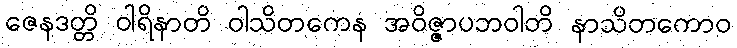
ဇေနဒတ္တိ ဝါရိနာတိ ဝါသိတကေန အဝိဇ္ဇာပဘဝါတိ နာသိတကောဝ